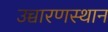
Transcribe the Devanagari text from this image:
उच्चारणस्थान